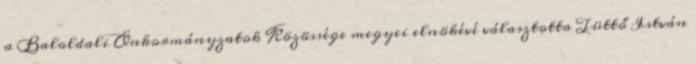
a Baloldali Önkormányzatok Közössége megyei elnökévé választotta Tüttő István